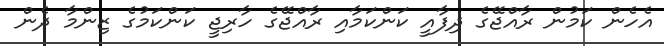
އެހެން ކަމުން ރާއްޖޭގެ ދިފާއީ ކަންކަމާއި ރާއްޖޭގެ ހާރިޖީ ކަންކަމުގެ ޒިންމާ ދެން